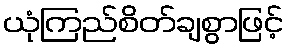
ယုံကြည်စိတ်ချစွာဖြင့်